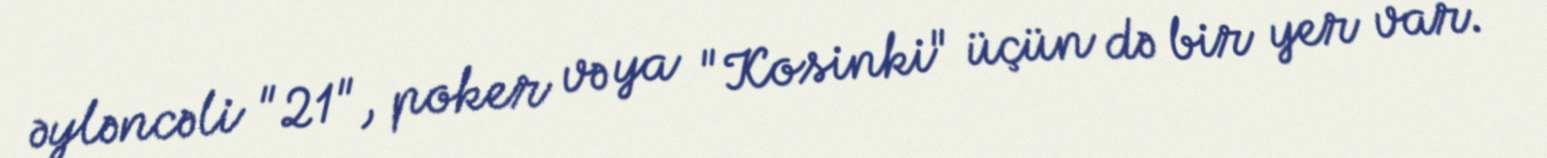
əyləncəli "21", poker və ya "Kosinki" üçün də bir yer var.